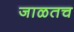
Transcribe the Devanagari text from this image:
जाळतच